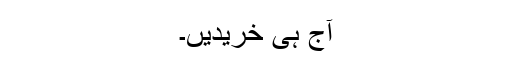
آج ہی خریدیں۔